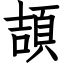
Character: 頡